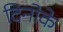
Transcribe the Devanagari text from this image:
दिनोके